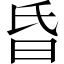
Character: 昏